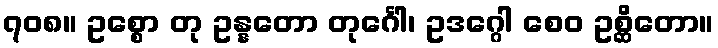
၇၀၈။ ဥစ္စော တု ဥန္နတော တုင်္ဂေါ၊ ဥဒဂ္ဂေါ စေဝ ဥစ္ဆိတော။